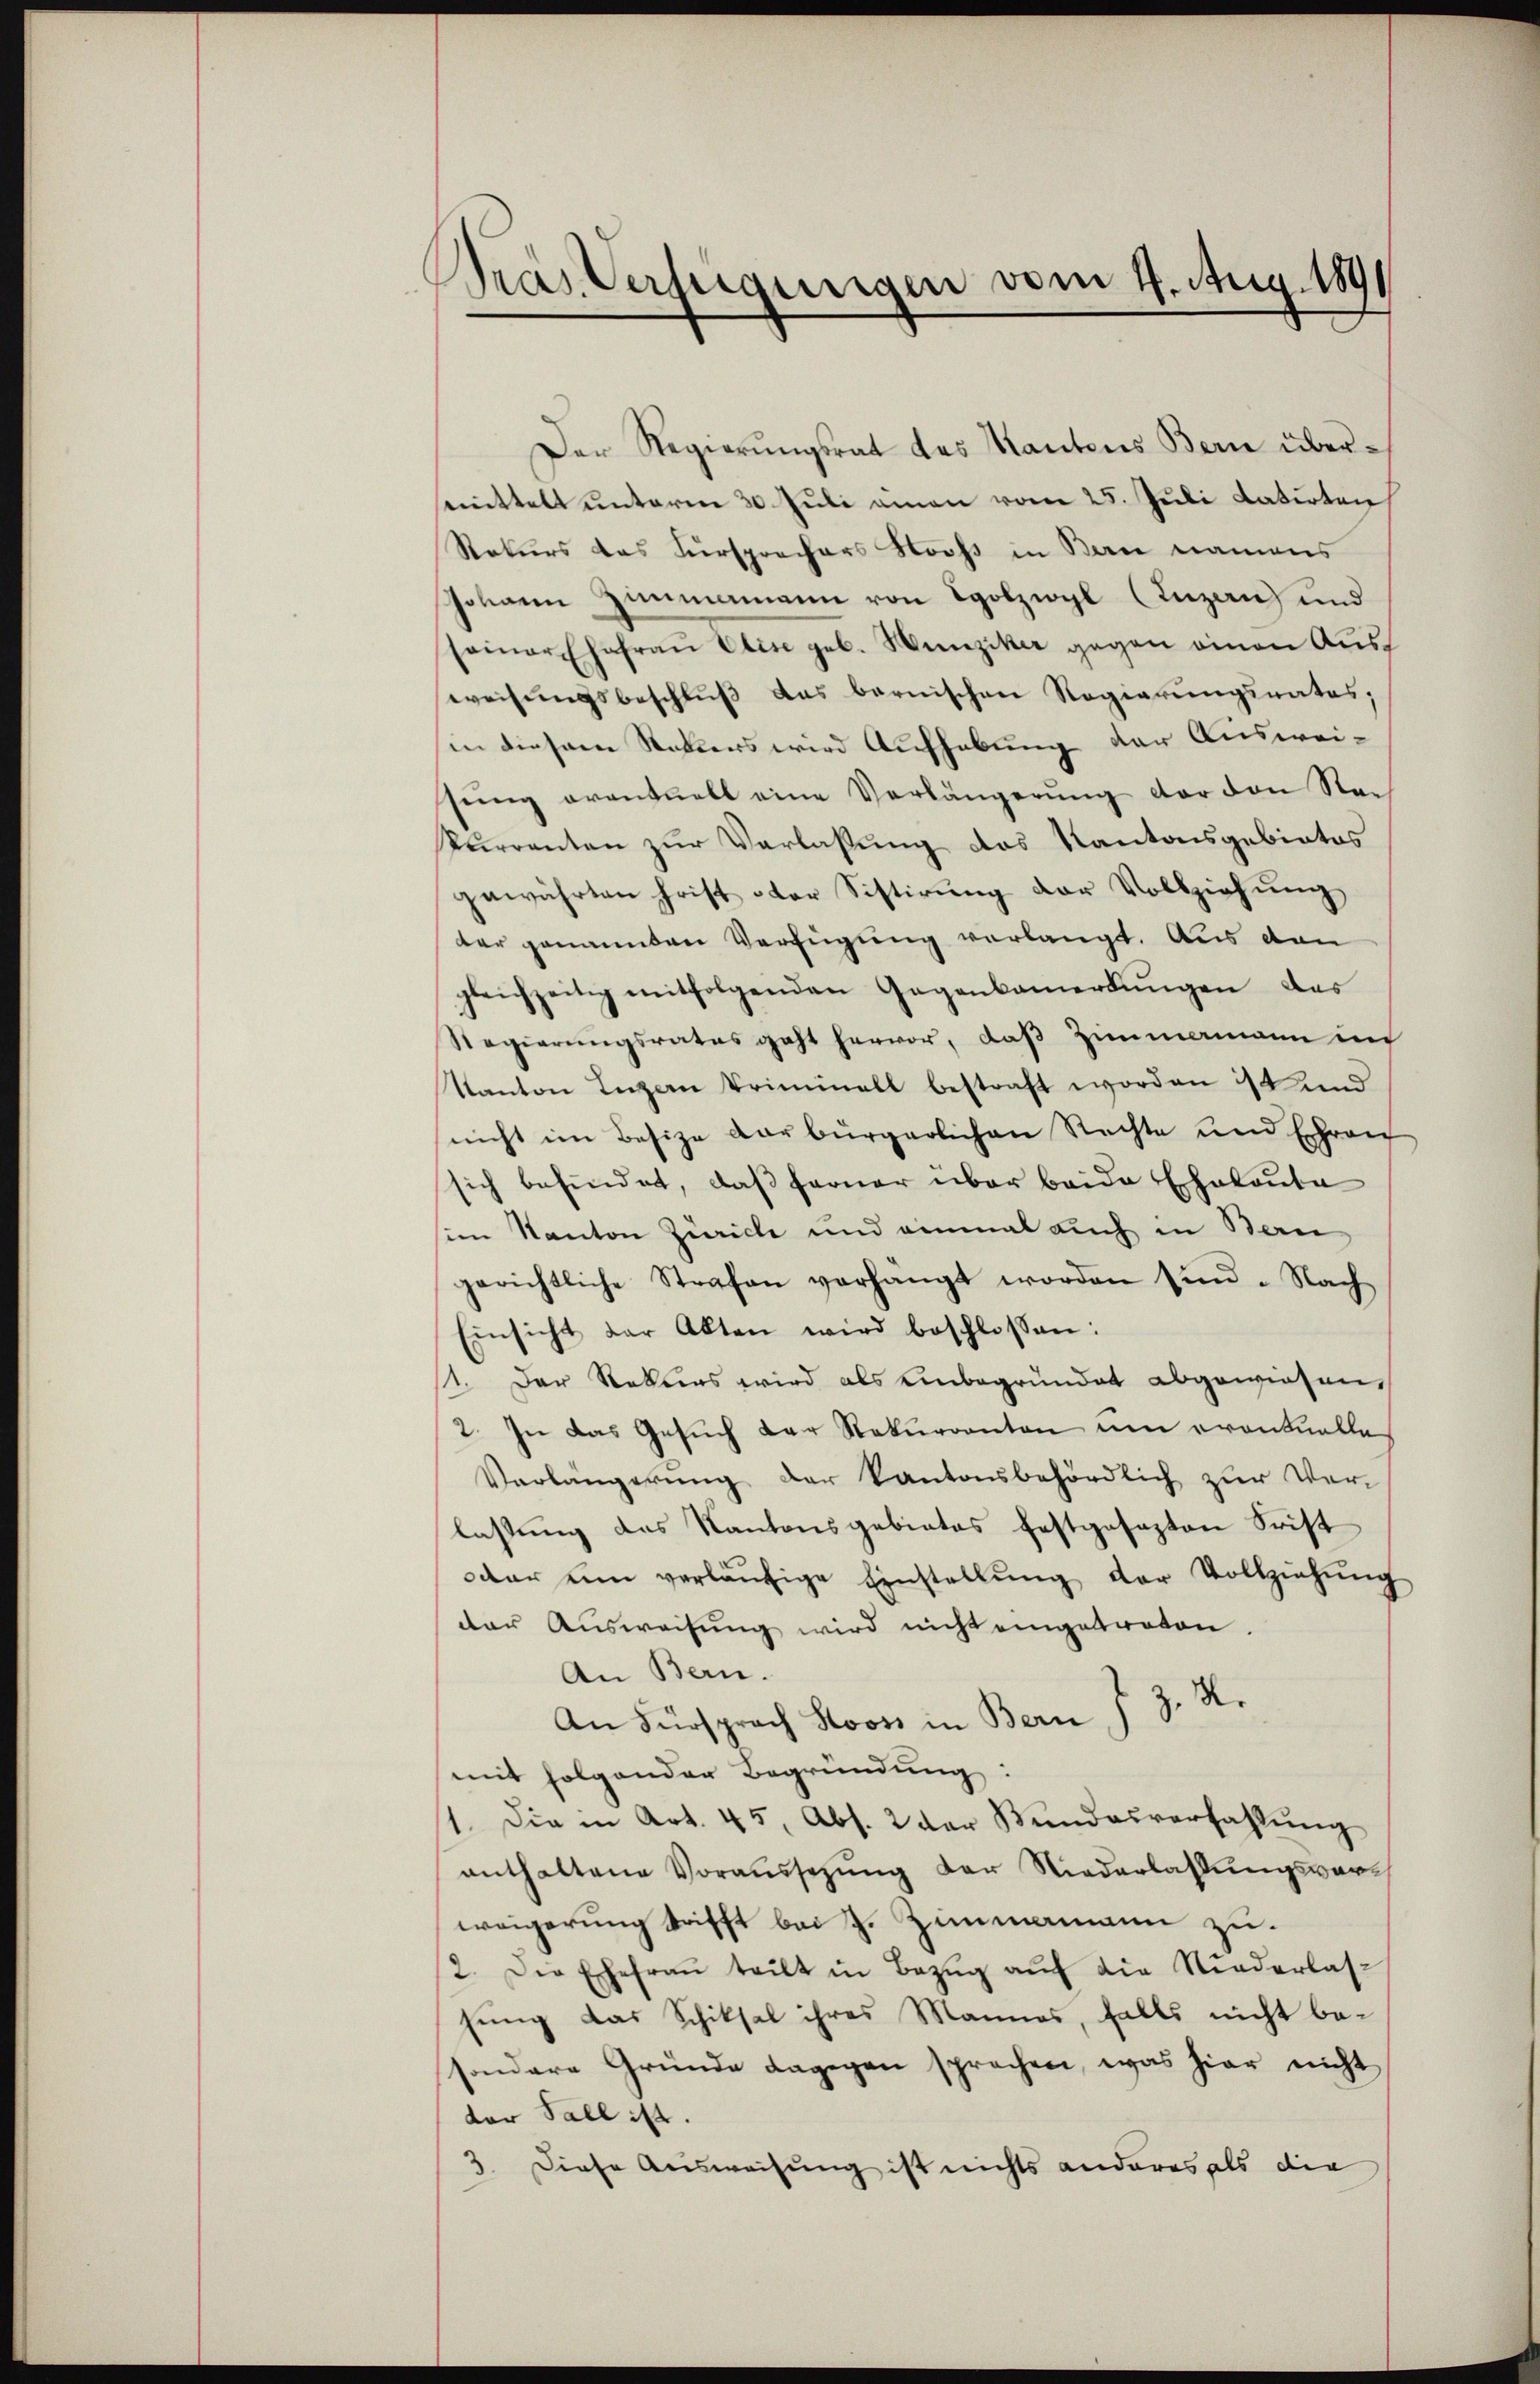
Gras Verfügungen vom 4. Aug. 189

Der Regierŭngsrat des Kantons Bern übermittelt unterm 30. Juli amen vom 25. Juli datirten
Raturs das Fürsprechers Stooss in Bern namens
Johann Zimmamann von Holzwyl (Inzanz und
seiner Ehefraŭ Elise geb. Hunziker gegen einen Ausweisŭngsbeschlŭβ das bernischen Regierungsrates,
in diesem Rekurs wird Aufhebung der Ausweiseny orantuell eine Verlängerŭng der den Sei
kurrenten zur Verlaßung des Kantonsgebietes
gewährten Frist oder Sistirung der Vollziehung
der genannten Verfügung verlangt. Aus den
gleichzeitig mitfolgenden Gegenbemerkŭngen das
Regierungsrates geht hervor, daß Zimmamann in
Kanton Inzern Priminall bestraft worden ist und
nicht im Besize verbürgerlichen Rechte und Ehren
sich befindet, daβ ferner über baide Echaloŭta
sim Kanton Zürich und einmal auch in Ban
gerichtliche Strafen verhängt worden sind. Nach
Einsicht der Akten wird beschlossen:
11. Der Rekurs wird als Unbegründet abgewiesen,
2. In das Gesuch der Rekurrenten um eventuelle
Verlängerŭng der Kantonsbehördlich zŭr Ver-
lassung des Kantonsgebietes festgesezten Frist
oder ein verläŭfige Einstellŭng der Vollziehŭng
der Aŭsweisŭng wird nicht eingetreten.
An Bern.
An Fürsprach Stooss in Bern J. J. R.
mit folgender Begründung:
1. Die in Art. 45, Abs. 2 der Bundesverfahlŭng
enthaltene Voraussezung der Niederlassungsverh
weigerung trifft bei J. Zimmamann zu¬
2. Die Ehefraŭ teilt in Bezŭg aŭf die Niederlas-
sung das Schiksal ihres Mannes, falls nicht be-
sondere Gründe dagegen sprechen, was hier nicht
der Fall ist.
3. Diese Ausweisung ist nichts anderes als die